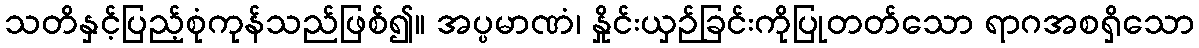
သတိနှင့်ပြည့်စုံကုန်သည်ဖြစ်၍။ အပ္ပမာဏံ၊ နှိုင်းယှဉ်ခြင်းကိုပြုတတ်သော ရာဂအစရှိသော